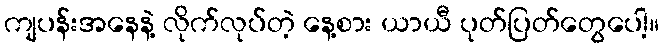
ကျပန်းအနေနဲ့ လိုက်လုပ်တဲ့ နေ့စား ယာယီ ပုတ်ပြတ်တွေပေါ့။